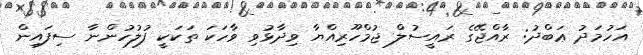
އަހުމަދު ޢަބްދު: ރާއްޖޭގެ ރައީސުލް ޖުމްހޫރިއްޔާ ވިދާޅުވި ވާހަކަ ތަކަކީ ފުލުހުންނާ ސިފައިން